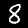
Digit: 8